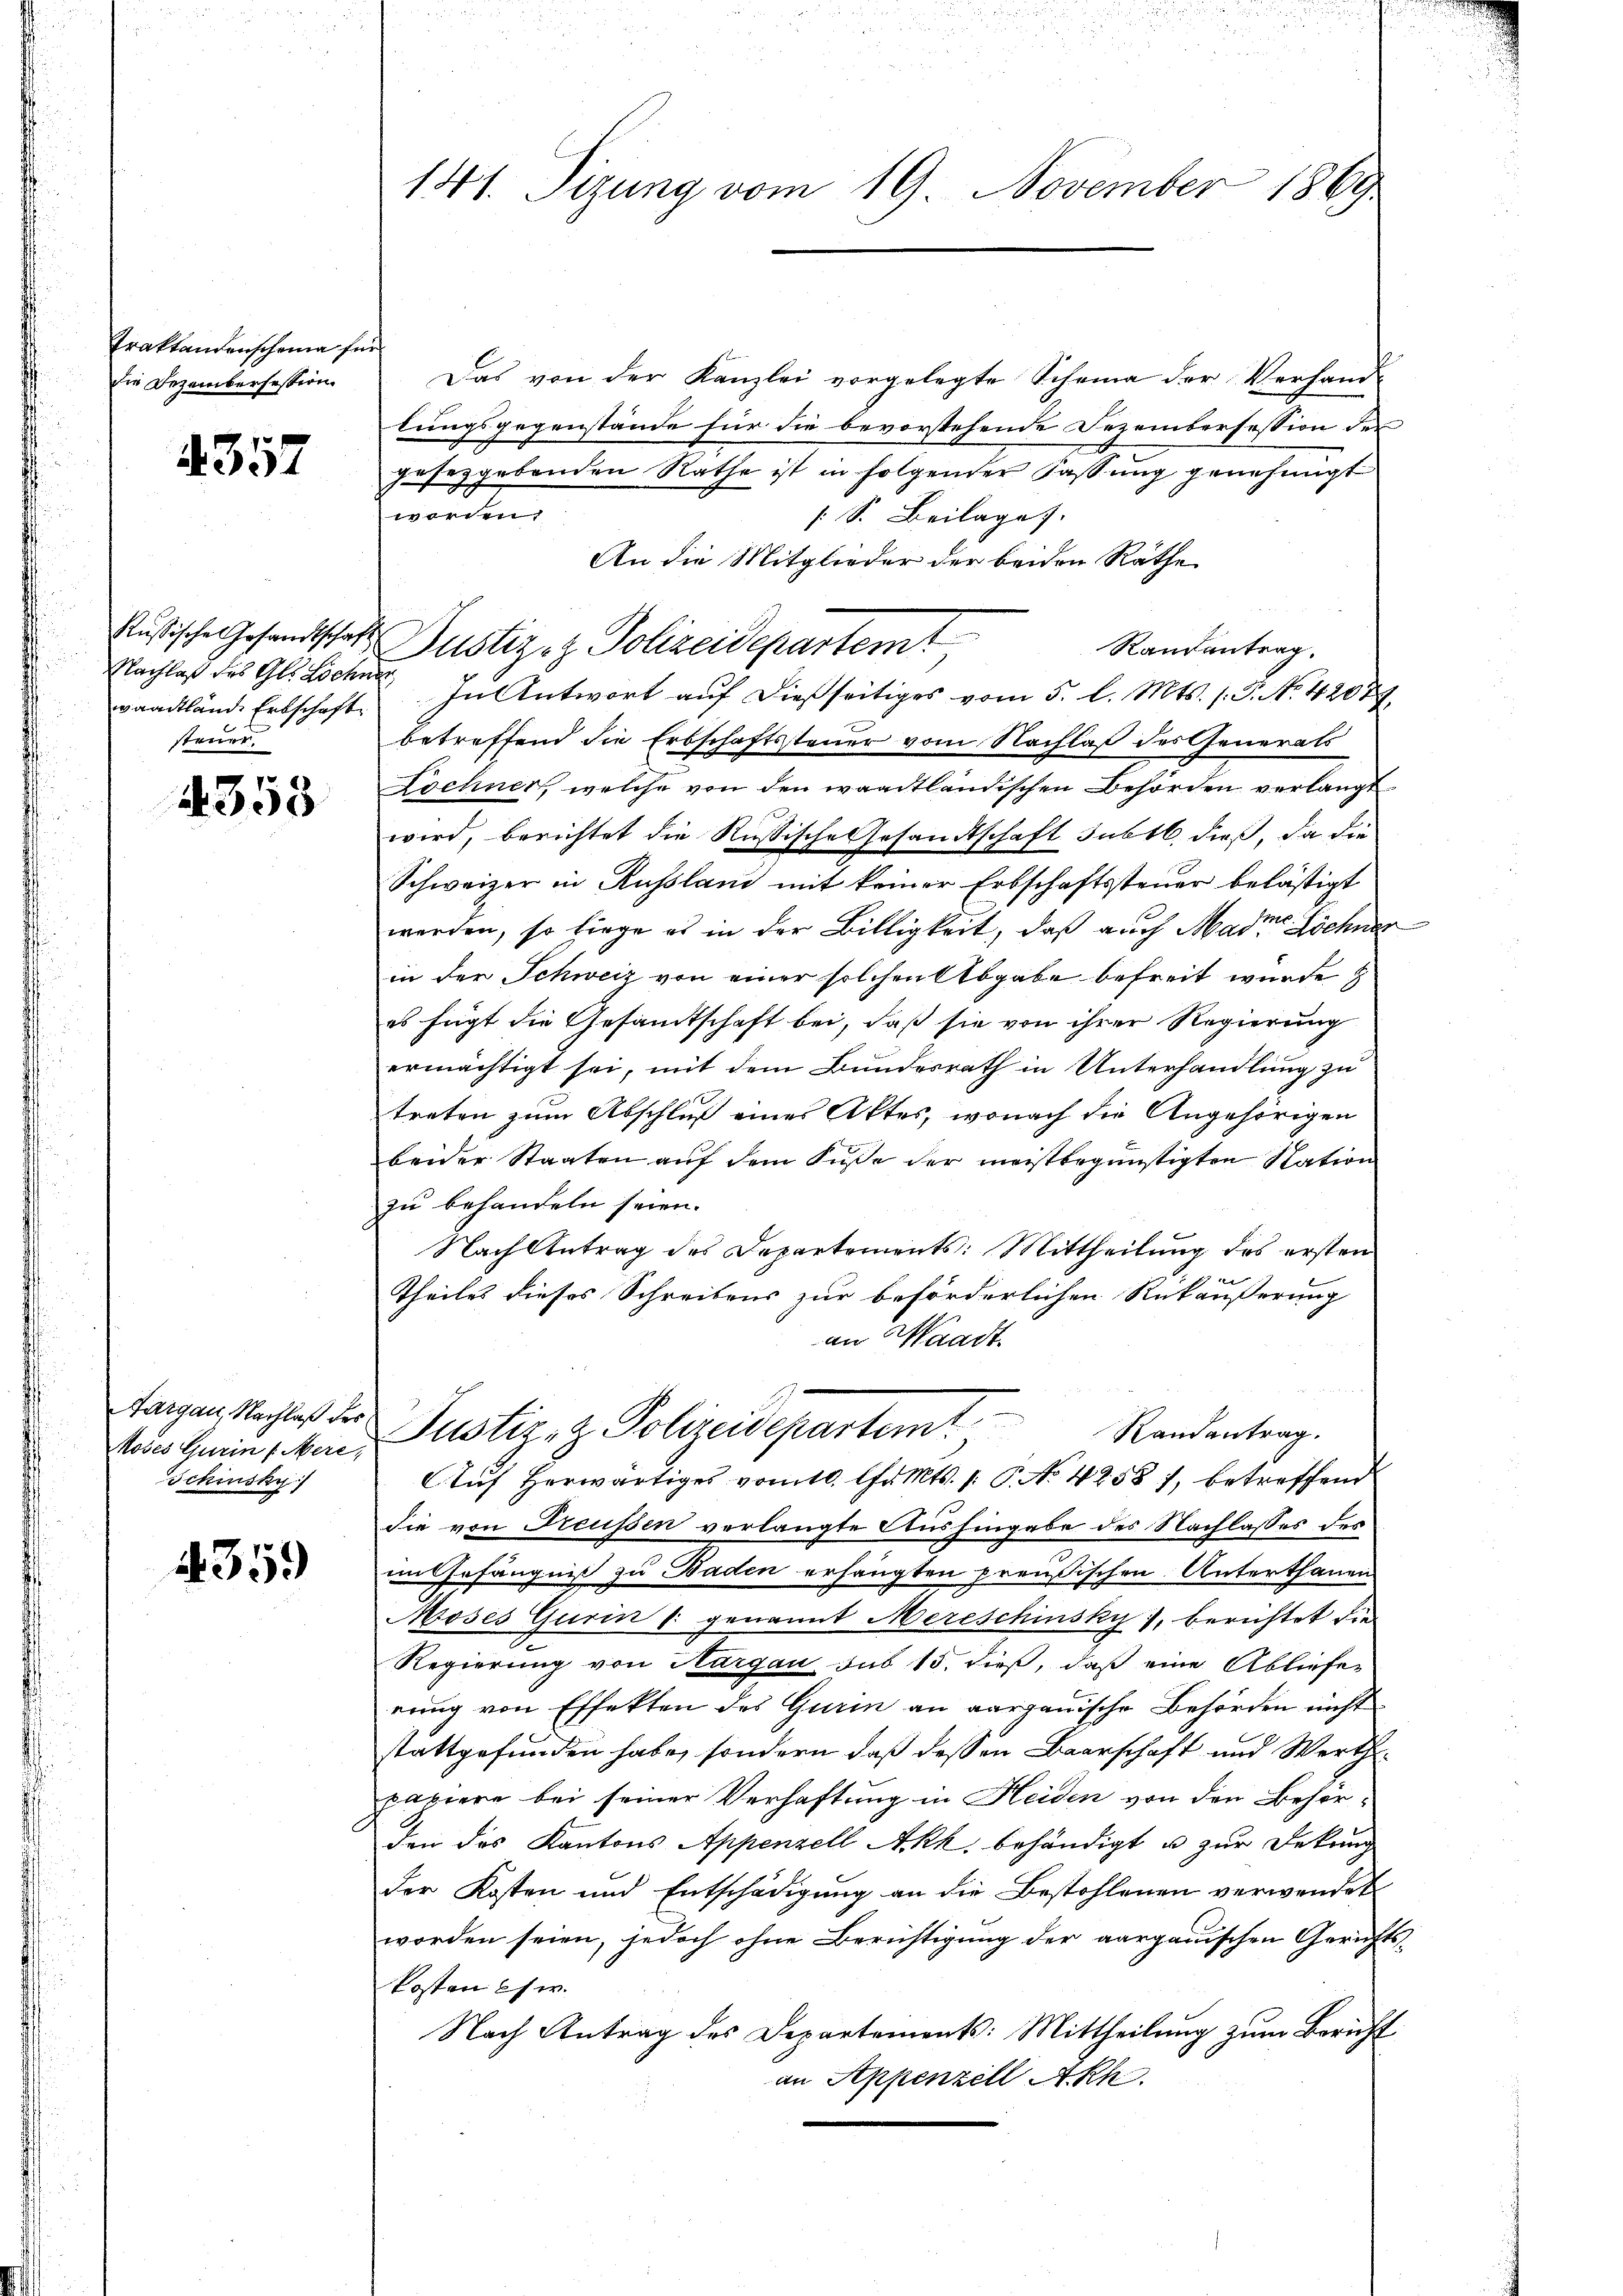
Traktandenscheine für
die Dezembersession.

4357

adtlände Erbschaft
steuer.

4353

Moses Gurin /: Mere,
Schinsku

4359

Das von der Kanzlei vorgelegte Scheina der Verhand-
lungsgegenstände für die bevorstehende Dezembersession der
gesetzgebenden Rathe ist in folgender Fassung genehmigt
worden
[S. Beilage.
An die Mitglieder der beiden Räthe
Rußische Gesandtschaft Zustiz- & Polizeidepartemt
Randantrag.
Nachlaβ des Gl. Locher, In Antwort aŭf dießseitiges vom 5. l. Mts. 1. P. No. 42089
betreffend die Erbschaftssteuer vom Nachlaß des Generals
Lochner, welche von den waadtländischen Behörden verlangt
wird, berichtet die Rußische Gesandtschaft subtl. dieß, da die
Schweizer in Russland mit keiner Erbschaftssteuer belästigt
werden, so birge es in der Billigkeit, daß auch Madre Löchner
in der Schweiz von einer solchen Abgabe befreit wurde &
es fügt die Gesandtschaft bei, daß sie von ihrer Regierung
ermächtigt sei, mit dem Bundesrath in Unterhandlung zu
treten zum Abschluß eines Aktes, wonach die Angehörigen
beider Staaten auf dem Fuße der meistbegünstigten Nation
zu behandeln seien.
Nach Antrag des Departements: Mittheilung des ersten
10
Theiles dieses Schreibens zur beförderlichen Rükäußerung
an Waadt
tangen Nachtes der Justiz- & Polizeidepartem Randantrag.
Auf herwärtiges vom 10. Chr. Mts. 1. P. No. 42587, betreffend
die von Preussen verlangte Aushingabe des Nachlasses des
mitefängniß zu Baden erhängten preußischen Unterthanen
Moses Gurin |: genannt Mercschinsky, berichtet die
Regierung von Aargau sub 15. dieß, daß eine Abliefer
rung von Effekten des Gurin an aargauische Behörden nicht
stattgefunden habe, sondern daß dessen Baarschaft und Werthe
papiere bei seiner Verhaftung in Heiden von den Behör-
den des Kantons Appenzell Akk, behändigt u zur Dekung
der Kosten und Entschädigung an die Bestohlenen verwendet
worden seien, jedoch ohne Berichtigung der aargauischen Gerichts-
kosten es w.
Nach Antrag des Departements: Mittheilung zum Bericht
an Appenzell Akh

141. Sizung vom 19. November 1869